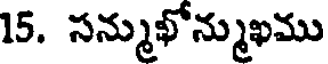
15. సన్ముఖోన్ముఖము